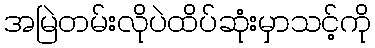
အမြဲတမ်းလိုပဲထိပ်ဆုံးမှာသင့်ကို